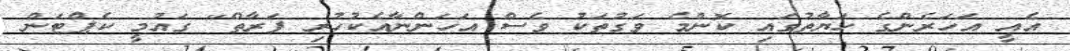
އެއީ އަހަރެންގެ ހަޔާތުގައި ކޮންމެ ވަގުތަކު ވެސް އަހަންނާއެކުހުރި ފަރާތް" ގައުމީ ކެޕްޓަން